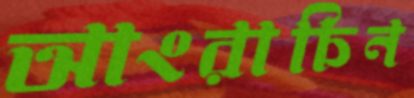
আংরাচিন